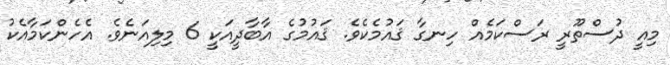
މިއީ ދުސްތޫރީ ރަސްކަމެއް ހިނގާ ޤައުމެކެވެ. ޤައުމުގެ އާބާދީއަކީ 6 މިލިއަނެވެ. އެހެންކަމާއެކު